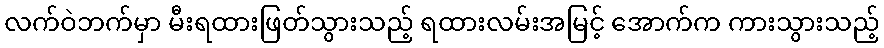
လက်ဝဲဘက်မှာ မီးရထားဖြတ်သွားသည့် ရထားလမ်းအမြင့် အောက်က ကားသွားသည့်